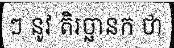
ៗ នូវ តិរច្ឆានក ថា